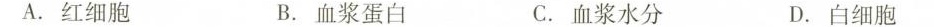
A.红细胞 B.血浆蛋白 C.血浆水分 D.白细胞